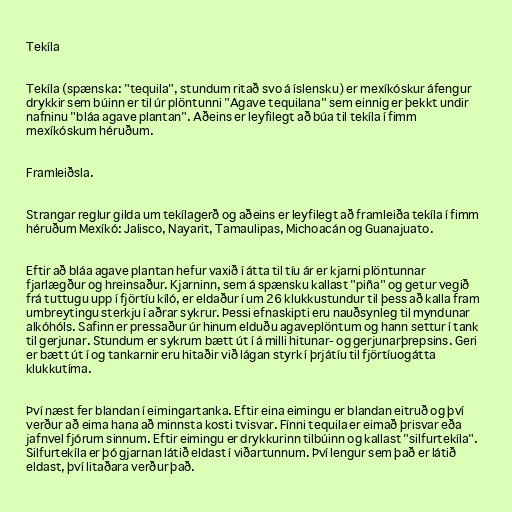
Tekíla

Tekíla (spænska: "tequila", stundum ritað svo á íslensku) er mexíkóskur áfengur
drykkir sem búinn er til úr plöntunni "Agave tequilana" sem einnig er þekkt undir
nafninu "bláa agave plantan". Aðeins er leyfilegt að búa til tekíla í fimm
mexíkóskum héruðum.

Framleiðsla.

Strangar reglur gilda um tekílagerð og aðeins er leyfilegt að framleiða tekíla í fimm
héruðum Mexíkó: Jalisco, Nayarit, Tamaulipas, Michoacán og Guanajuato.

Eftir að bláa agave plantan hefur vaxið í átta til tíu ár er kjarni plöntunnar
fjarlægður og hreinsaður. Kjarninn, sem á spænsku kallast "piña" og getur vegið
frá tuttugu upp í fjörtíu kíló, er eldaður í um 26 klukkustundur til þess að kalla fram
umbreytingu sterkju í aðrar sykrur. Þessi efnaskipti eru nauðsynleg til myndunar
alkóhóls. Safinn er pressaður úr hinum elduðu agaveplöntum og hann settur í tank
til gerjunar. Stundum er sykrum bætt út í á milli hitunar- og gerjunarþrepsins. Geri
er bætt út í og tankarnir eru hitaðir við lágan styrk í þrjátíu til fjörtíuogátta
klukkutíma.

Því næst fer blandan í eimingartanka. Eftir eina eimingu er blandan eitruð og því
verður að eima hana að minnsta kosti tvisvar. Fínni tequila er eimað þrisvar eða
jafnvel fjórum sinnum. Eftir eimingu er drykkurinn tilbúinn og kallast "silfurtekíla".
Silfurtekíla er þó gjarnan látið eldast í viðartunnum. Því lengur sem það er látið
eldast, því litaðara verður það.